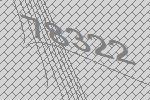
78322